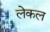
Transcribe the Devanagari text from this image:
लेकल